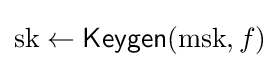
{\text{sk}}\leftarrow {\textsf {Keygen}}({\text{msk}},f)